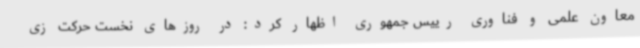
معاون علمی و فناوری رییس جمهوری اظهار کرد: در روزهای نخست حرکت زی